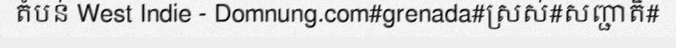
តំបន់ West Indie - Domnung.com#grenada#ស្រស់#សញ្ជាតិ#